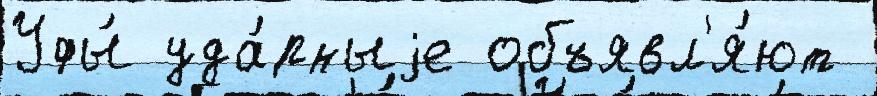
Уфы́ уда́рныjе объявл'я́ют